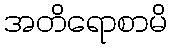
အတိရောစာမိ